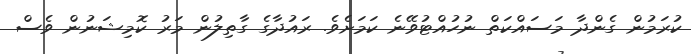
ކުރަމުން ގެންދާ މަސައްކަތް ނުހުއްޓުވޭނެ ކަމަށެވެ. ރައުދާގެ ގާތިލުން މަރު ކޮމިޝަނުން ވެސް